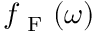
f _ { \mathrm { ~ F ~ } } ( \omega )